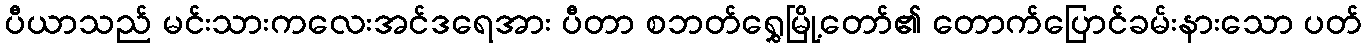
ပီယာသည် မင်းသားကလေးအင်ဒရေအား ပီတာ စဘတ်ရွှေမြို့တော်၏ တောက်ပြောင်ခမ်းနားသော ပတ်